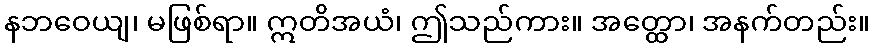
နဘဝေယျ၊ မဖြစ်ရာ။ ဣတိအယံ၊ ဤသည်ကား။ အတ္ထော၊ အနက်တည်း။